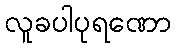
လူခပါပုရဏော